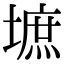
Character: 墌